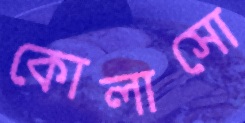
কোলাসো